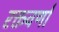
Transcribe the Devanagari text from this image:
रक्तवर्णां